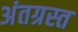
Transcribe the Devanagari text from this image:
अंतग्रस्त